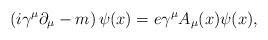
\begin{align*}\left( i\gamma ^{\mu }\partial _{\mu }-m\right) \psi (x)=e\gamma ^{\mu}A_{\mu }(x)\psi (x),\end{align*}